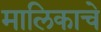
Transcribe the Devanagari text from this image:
मालिकाचे